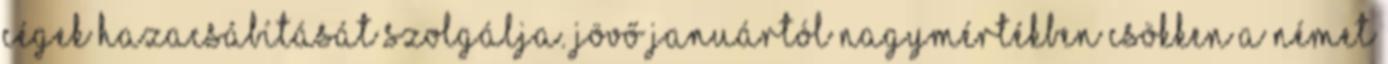
cégek hazacsábítását szolgálja. Jövő januártól nagymértékben csökken a német